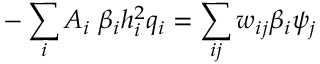
- \sum _ { i } A _ { i } \; \beta _ { i } h _ { i } ^ { 2 } q _ { i } = \sum _ { i j } w _ { i j } \beta _ { i } \psi _ { j }